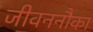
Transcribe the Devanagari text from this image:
जीवननौका